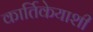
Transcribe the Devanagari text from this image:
कार्तिकेयाशी